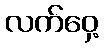
လက်ဝှေ့